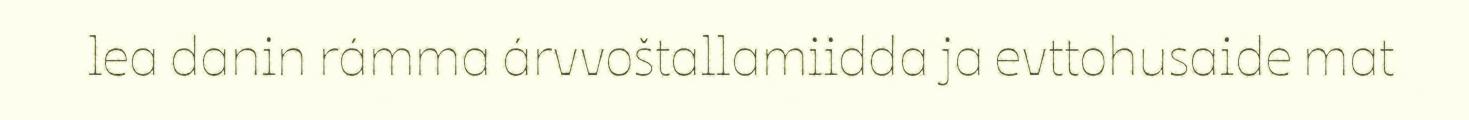
lea danin rámma árvvoštallamiidda ja evttohusaide mat